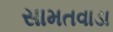
સામતવાડા